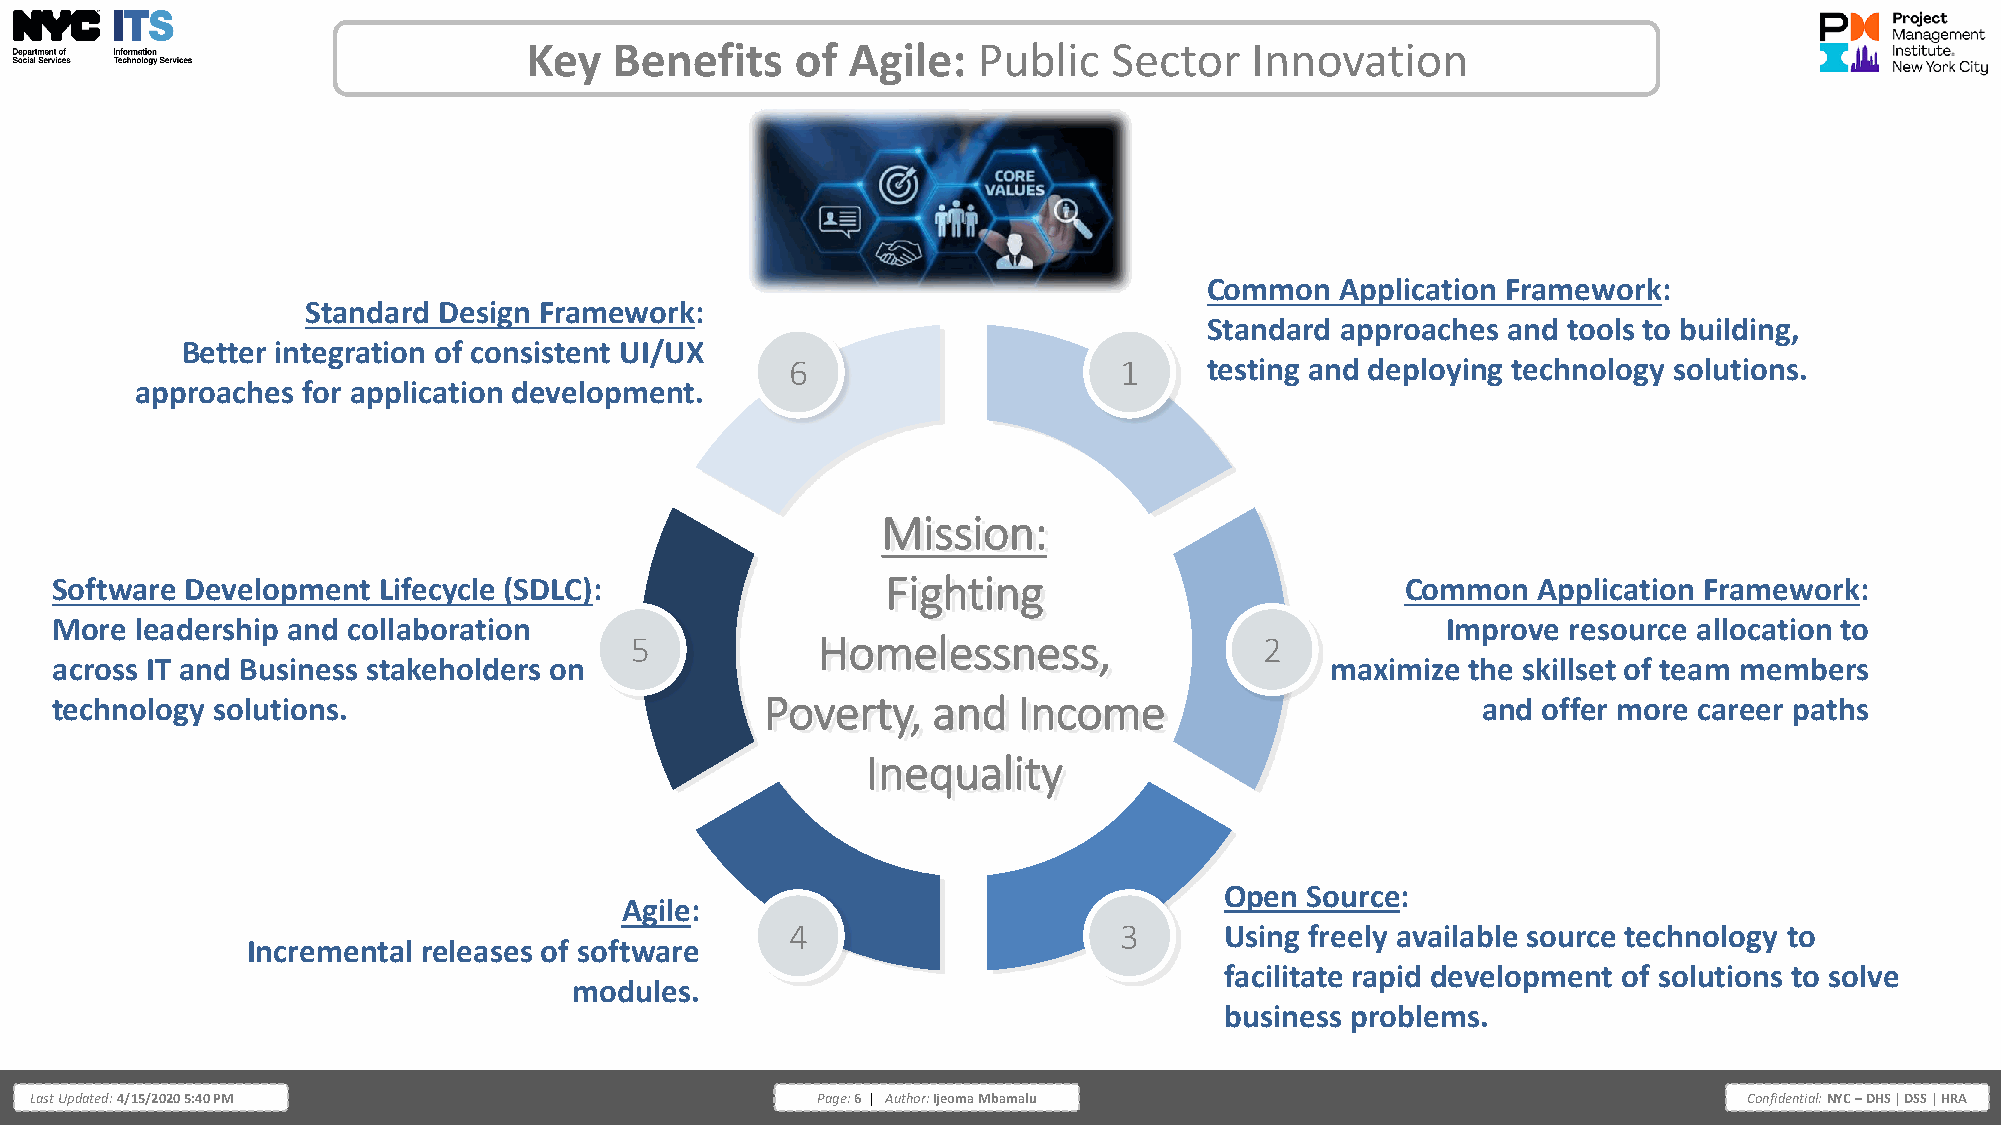
Key   Benefits    of Agile:   Public   Sector   Innovation
 Common   Application Framework:
 Standard Design Framework:
 Standard approaches and tools to building,
 Better integration of consistent UI/UX
 6                     1     testing and deploying technology solutions.
 approaches for application development.
 Mission:
 Software Development  Lifecycle (SDLC):                 Fighting                          Common   Application Framework:
 More  leadership and collaboration                                                           Improve resource allocation to
 5           Homelessness,                 2
 across IT and Business stakeholders on                                               maximize the skillset of team members
 technology solutions.                           Poverty,   and  Income                         and offer more career paths
 Inequality
 Open Source:
 Agile:
 4                     3      Using freely available source technology to
 Incremental releases of software
 facilitate rapid development of solutions to solve
 modules.
 business problems.
 Last Updated: 4/15/2020 5:40 PM                     Page: 6 | Author: Ijeoma Mbamalu                              Confidential: NYC – DHS | DSS | HRA